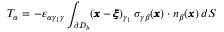
T _ { \alpha } = - \varepsilon _ { \alpha \gamma _ { 1 } \gamma } \int _ { \partial D _ { b } } ( { \pmb x } - { \pmb \xi } ) _ { \gamma _ { 1 } } \, { \sigma } _ { \gamma \beta } ( { \pmb x } ) \cdot { n } _ { \beta } ( { \pmb x } ) \, d S